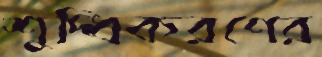
শুদ্ধিকরণের